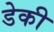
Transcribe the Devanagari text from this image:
डेकी